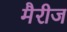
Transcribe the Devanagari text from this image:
मैरीज